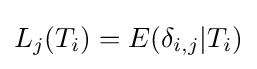
L_{j}(T_{i})=E(\delta _{i,j}|T_{i})